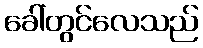
ခေါ်တွင်လေသည်